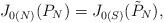
LaTeX: \begin{align*}J_{0(N)} (P_N) = J_{0(S)}(\tilde P_N),\end{align*}